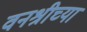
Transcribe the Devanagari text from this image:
वनश्रीच्या